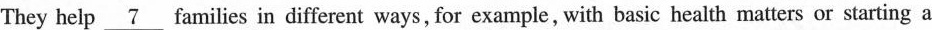
They help \underline{7}families in different ways, for example, with basic health matters or starting a